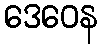
ဒေဝေန